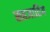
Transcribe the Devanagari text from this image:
सहजातिय